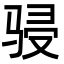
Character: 骎